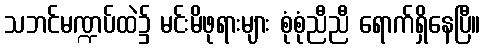
သဘင်မဏ္ဍပ်ထဲ၌ မင်းမိဖုရားများ စုံစုံညီညီ ရောက်ရှိနေပြီ။